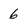
Character: 6